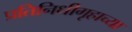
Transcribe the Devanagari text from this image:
प्रतिनिधीगृहाच्या